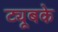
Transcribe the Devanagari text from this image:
ट्यूबके